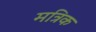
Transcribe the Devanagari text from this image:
मत्रिक